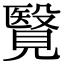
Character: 𧢂